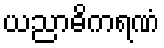
ယညာဓိကရဏံ